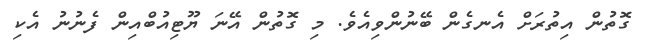
ގޮތުން އިތުރަށް އެނގެން ބޭނުންވިއެވެ. މި ގޮތުން އޭނަ ޔޫޓިއުބްއިން ފެނުނު އެކި